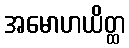
အမောဟယိတ္ထ